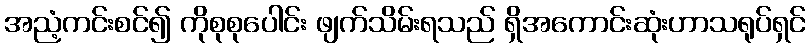
အညံ့ကင်းစင်၍ ကိုစုစုပေါင်း ဖျက်သိမ်းရသည် ရှိအကောင်းဆုံးဟာသရုပ်ရှင်